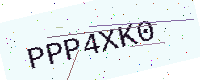
Text: PPP4XK0